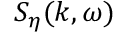
S _ { \eta } ( k , \omega )